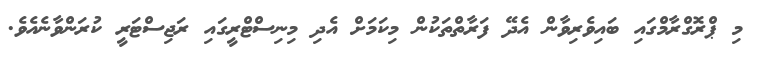
މި ޕްރޮގްރާމްގައި ބައިވެރިވާން އެދޭ ފަރާތްތަކުން މިކަމަށް އެދި މިނިސްޓްރީގައި ރަޖިސްޓަރީ ކުރަންވާނެއެވެ.